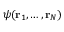
\psi ( \mathbf { r } _ { 1 } , \dots , \mathbf { r } _ { N } )